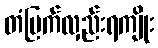
တံမြက်လှည်းရကျိုး